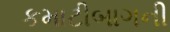
કમાટીબાગની